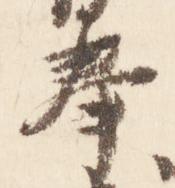
奉